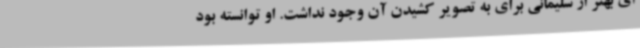
ای بهتر از سلیمانی برای به تصویر کشیدن آن وجود نداشت. او توانسته بود